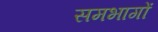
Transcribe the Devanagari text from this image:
समभागों